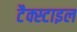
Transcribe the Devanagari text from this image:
टैक्स्टाइल